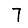
Digit: 7